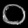
Digit: ၀